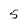
Character: 5